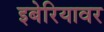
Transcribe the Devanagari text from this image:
इबेरियावर